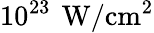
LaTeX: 10^{23}\, \mathrm{\: W/cm^{2}}